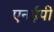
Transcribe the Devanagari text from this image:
एनईपी